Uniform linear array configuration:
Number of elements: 32
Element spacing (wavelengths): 1
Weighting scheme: uniform
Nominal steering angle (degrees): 15
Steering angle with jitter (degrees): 14.082
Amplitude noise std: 0.05
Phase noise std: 0.05

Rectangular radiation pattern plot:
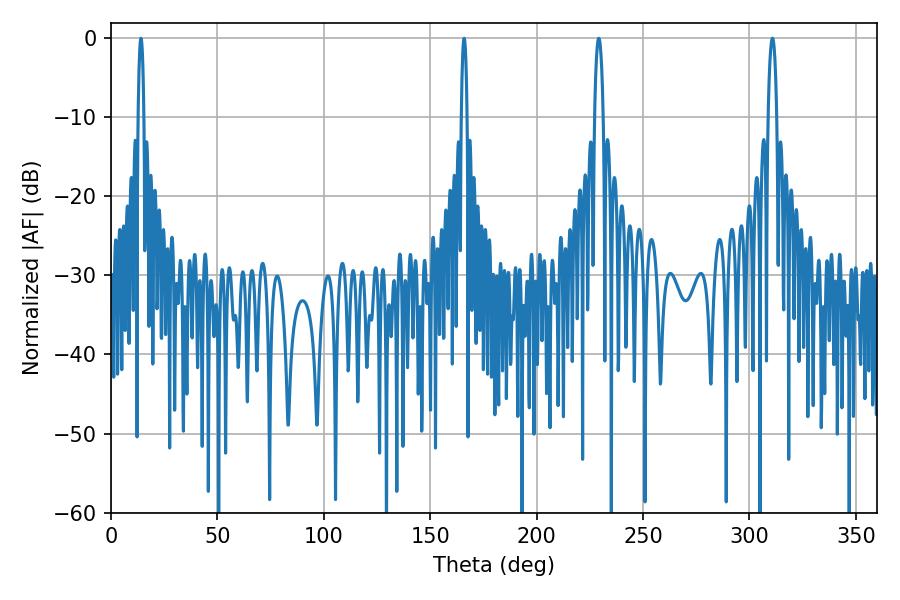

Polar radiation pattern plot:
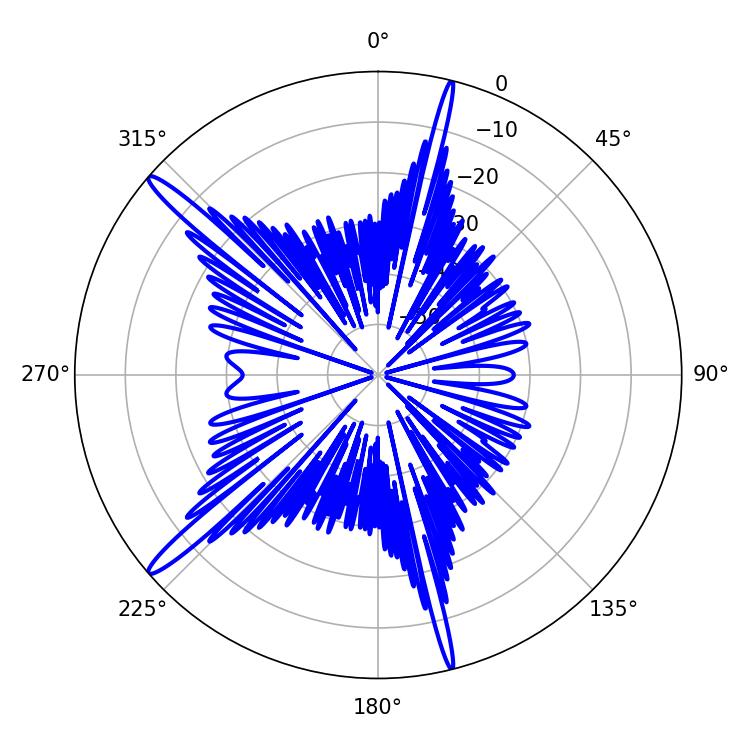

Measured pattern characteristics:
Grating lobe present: TRUE
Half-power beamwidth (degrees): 1.44
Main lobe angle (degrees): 14.04